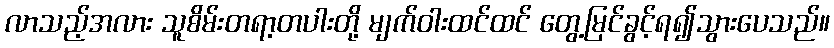
လာသည့်အလား သူစိမ်းတရာ့တပါးတို့ မျက်ဝါးထင်ထင် တွေ့မြင်ခွင့်ရ၍သွားပေသည်။